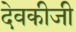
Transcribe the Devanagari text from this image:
देवकीजी